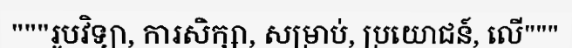
"""រូបវិទ្យា, ការសិក្សា, សម្រាប់, ប្រយោជន៍, លើ"""